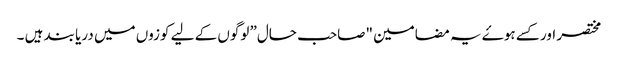
مختصر اور کسے ہوۓ یہ مضامین "صاحب حال” لوگوں کے لیے کوزوں میں دریا بند ہیں ۔